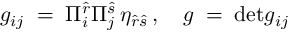
g _ { i j } \; = \; \Pi _ { i } ^ { \hat { r } } \Pi _ { j } ^ { \hat { s } } \, \eta _ { \hat { r } \hat { s } } \, , \quad g \; = \; \mathrm { d e t } g _ { i j }